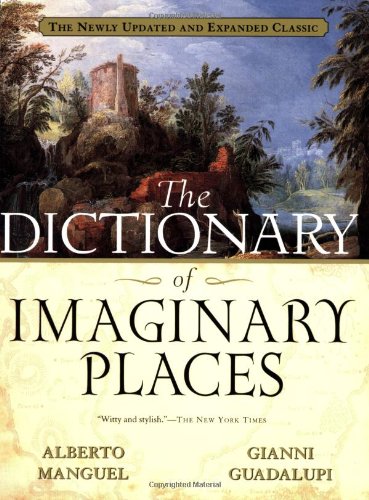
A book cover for The Dictionary of Imaginary Places: The Newly Updated and Expanded Classic; Alberto Manguel; Science Fiction & Fantasy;